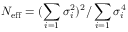
N _ { \mathrm { e f f } } = ( \sum _ { i = 1 } \sigma _ { i } ^ { 2 } ) ^ { 2 } / \sum _ { i = 1 } \sigma _ { i } ^ { 4 }